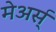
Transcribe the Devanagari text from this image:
मेअर्स्